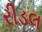
રીડલ